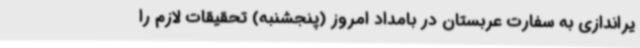
یراندازی به سفارت عربستان در بامداد امروز (پنجشنبه) تحقیقات لازم را